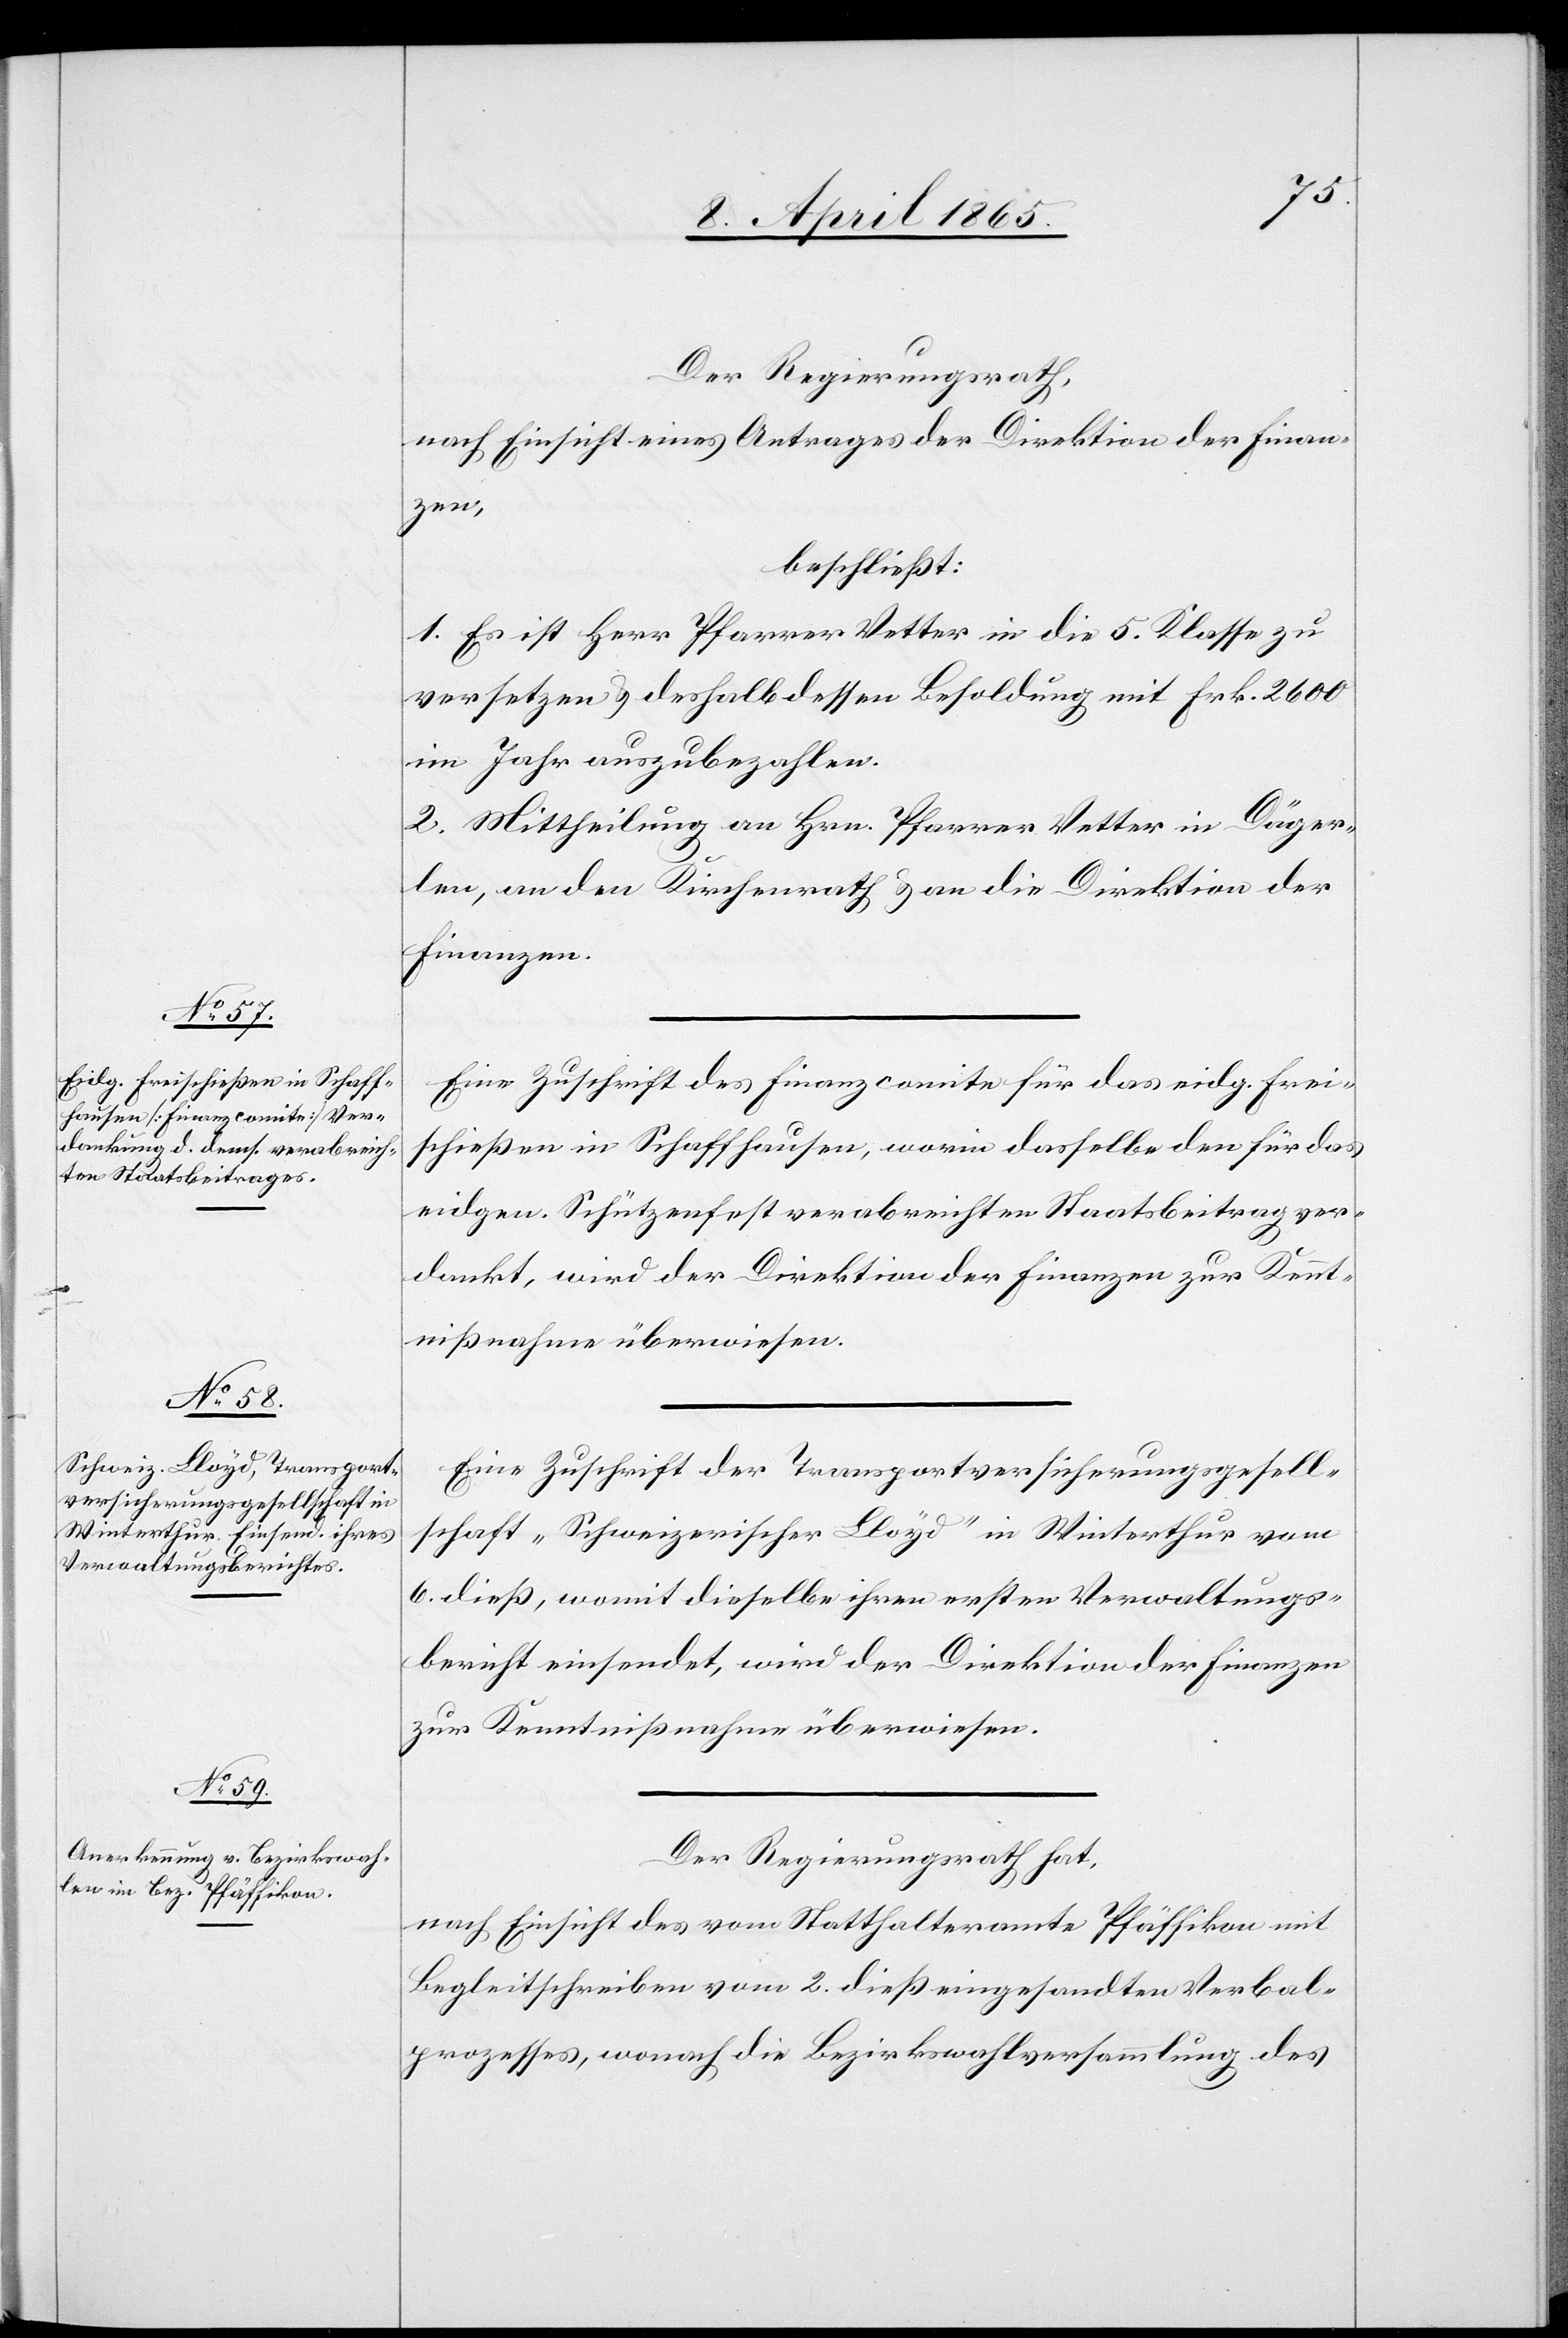
Der Regierungsrath,
nach Einsicht eines Antrages der Direktion der Finan¬
zen,
beschließt:
1. Es ist Herr Pfarrer Vetter in die 5. Klasse zu
versetzen & deshalb dessen Besoldung mit Frk. 2600
im Jahr auszubezahlen.
2. Mittheilung an Hrn. Pfarrer Vetter in Däger¬
len, an den Kirchenrath & an die Direktion der
Finanzen.
Eine Zuschrift des Finanzcomite für das eidg. Frei¬
schießen in Schaffhausen, worin dasselbe den für das
eidgen. Schützenfest verabreichten Staatsbeitrag ver¬
dankt, wird der Direktion der Finanzen zur Kennt¬
nißnahme überwiesen.
Eine Zuschrift der Transportversicherungsgesell¬
schaft „Schweizerischer Lloyd“ in Winterthur vom
6. dieß, womit dieselbe ihren ersten Verwaltungs¬
bericht einsendet, wir der Direktion der Finanzen
zur Kenntnißnahme überwiesen.
Der Regierungsrath hat,
nach Einsicht des vom Statthalteramte Pfäffikon mit
Begleitschreiben vom 2. dieß eingesandten Verbal¬
prozesses, wonach die Bezirkswahlversammlung des